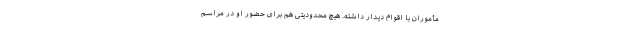
مأموران با اقوام دیدار داشته. هیچ محدودیتی هم برای حضور او در مراسم